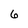
Character: 6